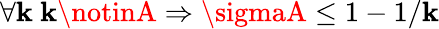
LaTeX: \forall\mathbf{k}\ \mathbf{k}\notinA\Rightarrow\sigmaA\leq1-1/\mathbf{k}